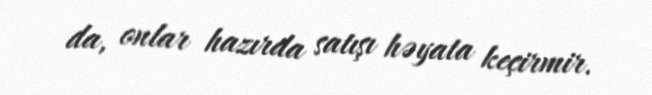
da, onlar hazırda satışı həyata keçirmir.